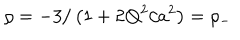
\rho = - 3 / \left( 1 + 2 { \bf Q } ^ { 2 } / a ^ { 2 } \right) = \rho _ { - }